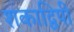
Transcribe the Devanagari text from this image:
शकाद्विपी